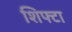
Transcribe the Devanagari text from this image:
शिफ्टा